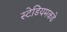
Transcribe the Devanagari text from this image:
स्टेडियमकडे